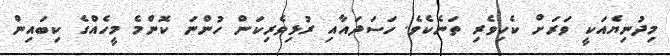
މިދުނިޔެއަކީ ވަރަށް ކެހިވެރި ތަނެކެވެ. ހަސަދައާއި ރުޅިވެރިކަން ހުންނަ ކޮންމެ މީހެއްގެ ކިބައިން